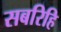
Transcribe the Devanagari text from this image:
सबरिहि